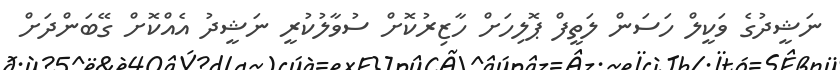
ނަޝީދުގެ ވަކީލް ހަސަން ލަތީފް ޕޮލިހަށް ހާޒިރުކޮށް ސުވާލުކުރީ ނަޝީދު އެއްކޮށް ގޭބަންދަށް